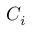
C _ { i }